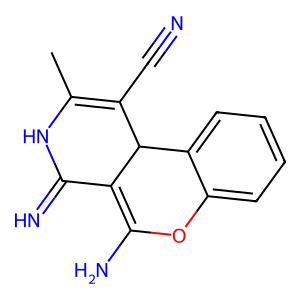
SMILES: CC1=C(C#N)C2C(=C(N)Oc3ccccc32)C(=N)N1
Inhibits HIV replication: No